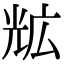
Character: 𭀨